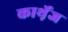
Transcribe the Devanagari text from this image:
कार्थ़ेज